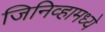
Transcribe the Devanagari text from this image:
जिनिव्हामध्ये